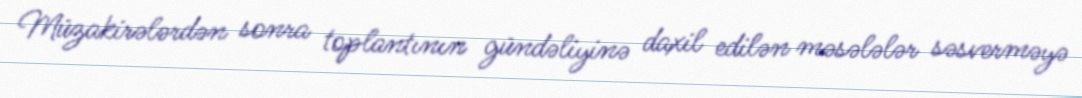
Müzakirələrdən sonra toplantının gündəliyinə daxil edilən məsələlər səsverməyə